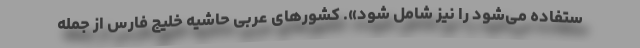
ستفاده می‌شود را نیز شامل شود». کشورهای عربی حاشیه خلیج فارس از جمله